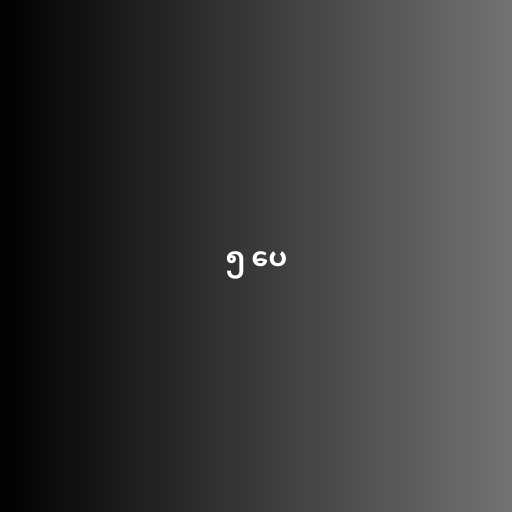
၅ ပေ